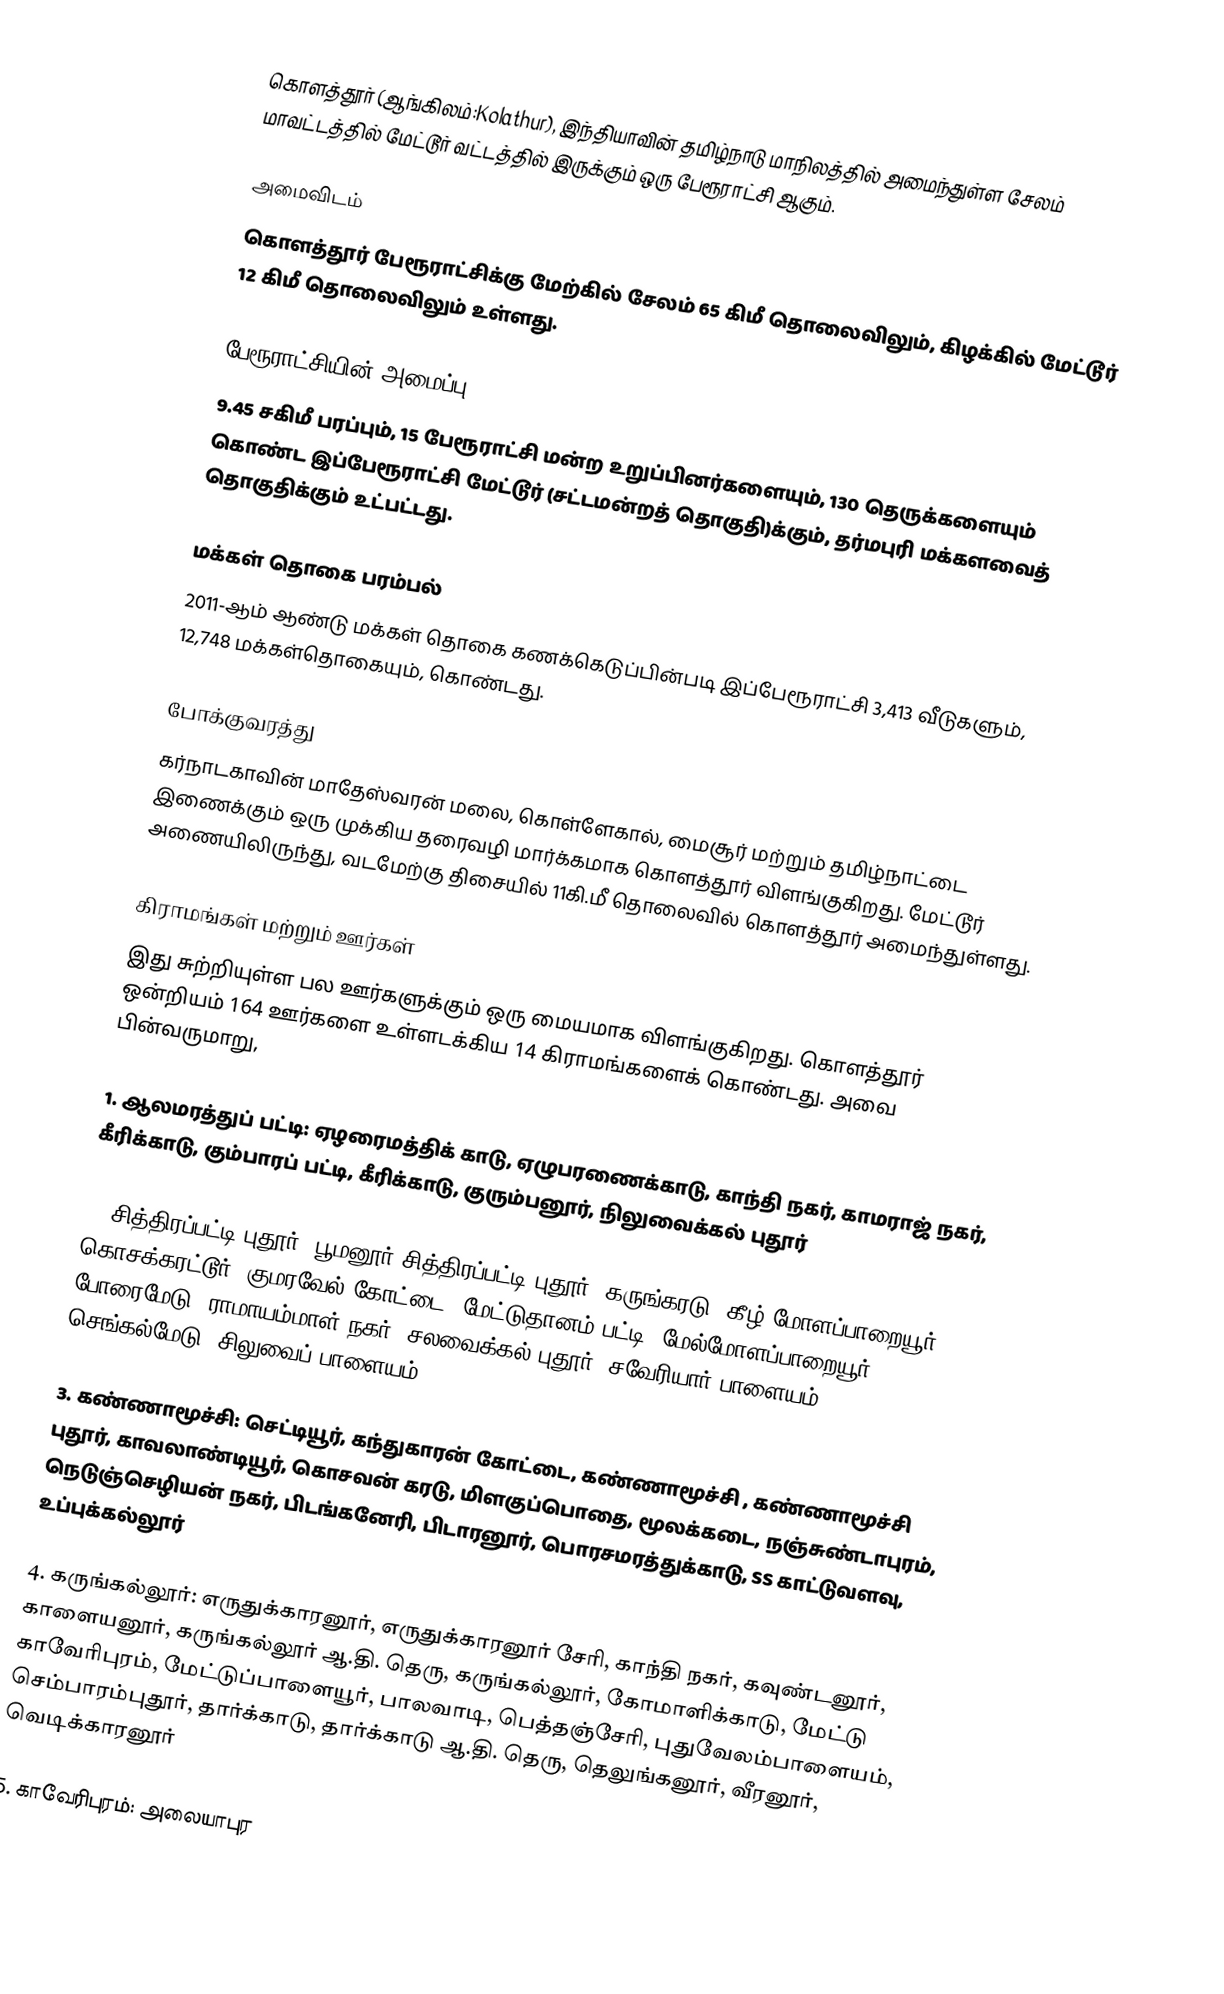
கொளத்தூர் (ஆங்கிலம்:Kolathur), இந்தியாவின் தமிழ்நாடு மாநிலத்தில் அமைந்துள்ள சேலம் மாவட்டத்தில் மேட்டூர் வட்டத்தில் இருக்கும் ஒரு பேரூராட்சி ஆகும்.

அமைவிடம்
கொளத்தூர் பேரூராட்சிக்கு மேற்கில்  சேலம் 65 கிமீ தொலைவிலும், கிழக்கில் மேட்டூர் 12 கிமீ தொலைவிலும் உள்ளது.

பேரூராட்சியின் அமைப்பு
9.45 சகிமீ பரப்பும்,  15  பேரூராட்சி மன்ற உறுப்பினர்களையும்,  130 தெருக்களையும்  கொண்ட இப்பேரூராட்சி மேட்டூர் (சட்டமன்றத் தொகுதி)க்கும், தர்மபுரி மக்களவைத் தொகுதிக்கும் உட்பட்டது.

மக்கள் தொகை பரம்பல்
2011-ஆம் ஆண்டு மக்கள் தொகை கணக்கெடுப்பின்படி  இப்பேரூராட்சி  3,413   வீடுகளும், 12,748 மக்கள்தொகையும், கொண்டது.

போக்குவரத்து
கர்நாடகாவின் மாதேஸ்வரன் மலை, கொள்ளேகால், மைசூர் மற்றும் தமிழ்நாட்டை இணைக்கும் ஒரு முக்கிய தரைவழி மார்க்கமாக கொளத்தூர் விளங்குகிறது. மேட்டூர் அணையிலிருந்து, வடமேற்கு திசையில் 11கி.மீ தொலைவில் கொளத்தூர் அமைந்துள்ளது.

கிராமங்கள் மற்றும் ஊர்கள்
இது சுற்றியுள்ள பல ஊர்களுக்கும் ஒரு மையமாக விளங்குகிறது. கொளத்தூர் ஒன்றியம் 164 ஊர்களை உள்ளடக்கிய 14 கிராமங்களைக் கொண்டது. அவை பின்வருமாறு,

1. ஆலமரத்துப் பட்டி: ஏழரைமத்திக் காடு, ஏழுபரணைக்காடு, காந்தி நகர், காமராஜ் நகர், கீரிக்காடு, கும்பாரப் பட்டி, கீரிக்காடு, குரும்பனூர், நிலுவைக்கல் புதூர்

2. சித்திரப்பட்டி புதூர்: பூமனூர்,சித்திரப்பட்டி புதூர், கருங்கரடு, கீழ் மோளப்பாறையூர், கொசக்கரட்டூர், குமரவேல் கோட்டை, மேட்டுதானம் பட்டி, மேல்மோளப்பாறையூர், போரைமேடு, ராமாயம்மாள் நகர், சலவைக்கல் புதூர், சவேரியார் பாளையம், செங்கல்மேடு, சிலுவைப் பாளையம்

3. கண்ணாமூச்சி: செட்டியூர், கந்துகாரன் கோட்டை, கண்ணாமூச்சி  , கண்ணாமூச்சி புதூர், காவலாண்டியூர், கொசவன் கரடு, மிளகுப்பொதை, மூலக்கடை, நஞ்சுண்டாபுரம், நெடுஞ்செழியன் நகர், பிடங்கனேரி, பிடாரனூர், பொரசமரத்துக்காடு, SS காட்டுவளவு, உப்புக்கல்லூர்

4. கருங்கல்லூர்: எருதுக்காரனூர், எருதுக்காரனூர் சேரி, காந்தி நகர், கவுண்டனூர், காளையனூர், கருங்கல்லூர் ஆ.தி. தெரு, கருங்கல்லூர், கோமாளிக்காடு, மேட்டு காவேரிபுரம், மேட்டுப்பாளையூர், பாலவாடி, பெத்தஞ்சேரி, புதுவேலம்பாளையம், செம்பாரம்புதூர், தார்க்காடு, தார்க்காடு ஆ.தி. தெரு, தெலுங்கனூர், வீரனூர், வெடிக்காரனூர்

5. காவேரிபுரம்: அலையாபுர